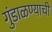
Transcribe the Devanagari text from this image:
गुंडाळण्याची